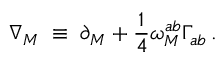
\nabla _ { M } \; \equiv \; \partial _ { M } + \frac { 1 } { 4 } \omega _ { M } ^ { a b } \Gamma _ { a b } \, .